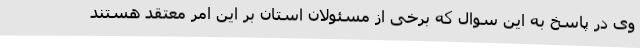
وی در پاسخ به این سوال که برخی از مسئولان استان بر این امر معتقد هستند